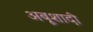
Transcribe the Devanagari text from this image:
अबूशादी